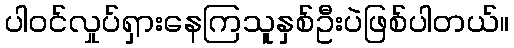
ပါဝင်လှုပ်ရှားနေကြသူနှစ်ဦးပဲဖြစ်ပါတယ်။